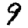
Digit: 9